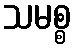
သမစ္စ